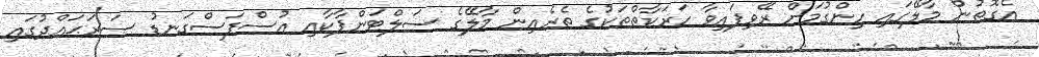
އެގޮތުން މާލޭގައި ހިންގުމަށް ރޭވިފައިވާ ހަރަކާތްތަކުގެ ތެރެއިން މާލޭގެ ސަލްޓަންޕާކާއި އުސްފަސްގަނޑު ސަރަޙައްދުގައި